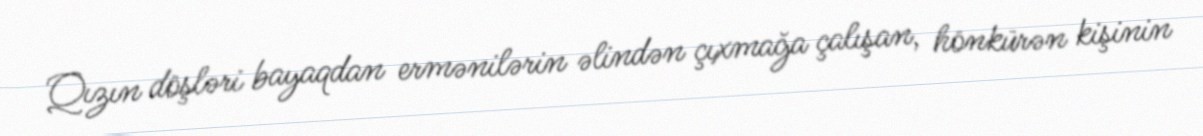
Qızın döşləri bayaqdan ermənilərin əlindən çıxmağa çalışan, hönkürən kişinin